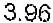
3.96